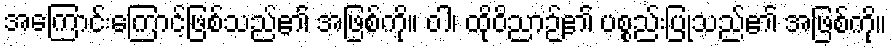
အကြောင်းကြောင့်ဖြစ်သည်၏ အဖြစ်ကို။ ဝါ၊ ထိုဝိညာဉ်၏ ပစ္စည်းပြုသည်၏ အဖြစ်ကို။